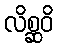
လိစ္ဆဝိ